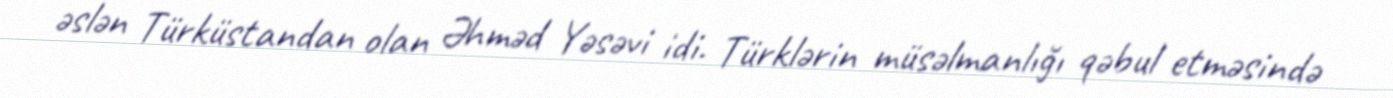
əslən Türküstandan olan Əhməd Yəsəvi idi. Türklərin müsəlmanlığı qəbul etməsində